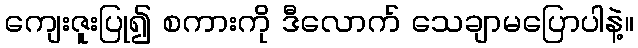
ကျေးဇူးပြု၍ စကားကို ဒီလောက် သေချာမပြောပါနဲ့။